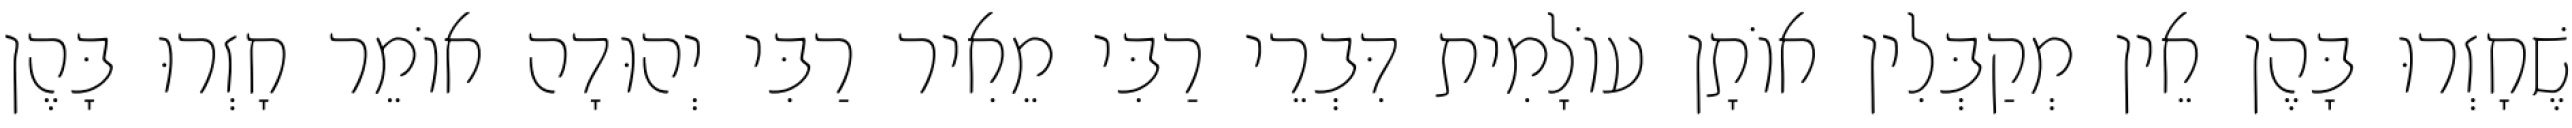
שֶׁחָזְרוּ בָּהֶן אֵין מְקַבְּלִין אוֹתָן עוֹלָמִית דִּבְרֵי רַבִּי מֵאִיר רַבִּי יְהוּדָה אוֹמֵר חָזְרוּ בָּהֶן